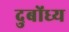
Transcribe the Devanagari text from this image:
दुबोंध्य